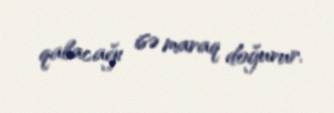
qalacağı isə maraq doğurur.